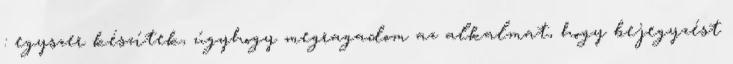
: egyszer készítek, úgyhogy megragadom az alkalmat, hogy bejegyzést